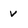
Character: v